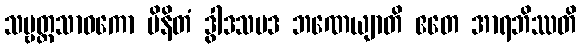
သဗ္ဗတ္ထသာဓကော မိနိတံ ဒွါဒသပဒ ဘဏေယျာတိ ဧတေ အာရဘိဿတိ